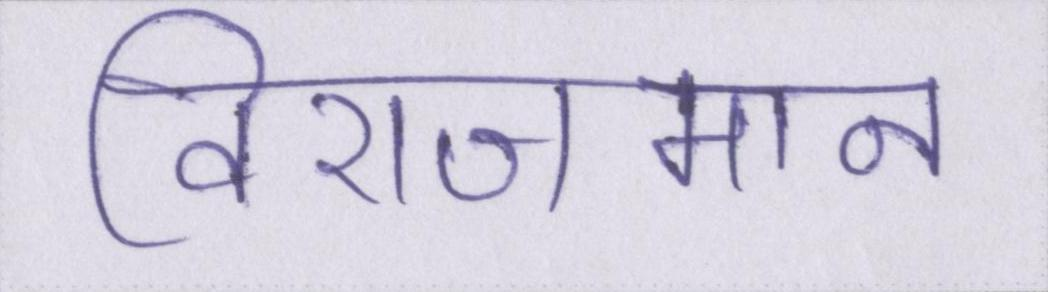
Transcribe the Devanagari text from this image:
विराजमान